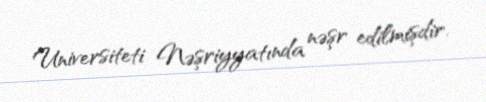
Universiteti Nəşriyyatında nəşr edilmişdir.